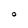
Character: O